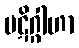
ပဋိဂ္ဂါဟာ